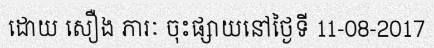
ដោយ សឿង ភារៈ ចុះផ្សាយនៅថ្ងៃទី 11-08-2017